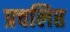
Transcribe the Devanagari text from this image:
प्रचलिप्त